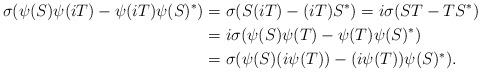
LaTeX: \begin{align*}\sigma(\psi(S)\psi(iT)-\psi(iT)\psi(S)^{\ast})&=\sigma(S(iT)-(iT)S^{\ast})=i\sigma(ST-TS^{\ast})\\&=i\sigma(\psi(S)\psi(T)-\psi(T)\psi(S)^{\ast})\\&=\sigma(\psi(S)(i\psi(T))-(i\psi(T))\psi(S)^{\ast}).\end{align*}